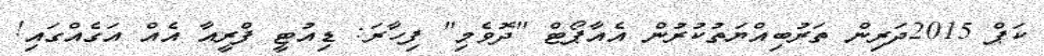
ކަޕް 2015ދަރިން ތަރުބިއްޔަތުކުރުން އެއާޕޯޓް "ދޮވެމި" ފިހާރަ: ޑިއުޓީ ފްރީއާ އެއް އަގެއްގައި!